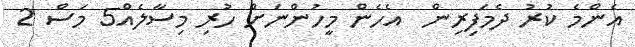
އެންމެ ކުރު ދެމަފިރިން  އެހެން މީހުންނަށް ހުރި މިސާލެއް5 މަސް 2